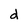
Character: d